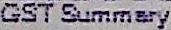
GST SUMMARY